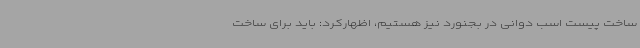
ساخت پیست اسب دوانی در بجنورد نیز هستیم، اظهارکرد: باید برای ساخت